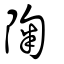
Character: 陱